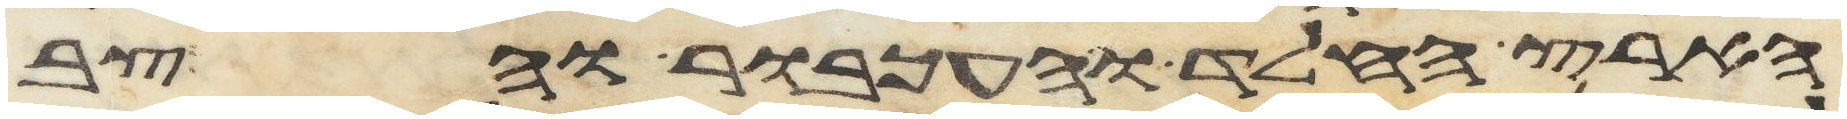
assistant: הארץ החלד והעכבור והצב